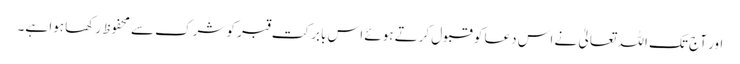
اور آج تک اللہ تعالیٰ نے اس دعا کو قبول کرتے ہوئے اس بابرکت قبر کو شرک سے محفوظ رکھا ہوا ہے۔